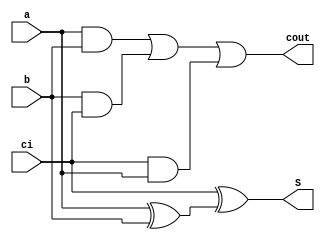
`timescale 1ns / 1ps
//////////////////////////////////////////////////////////////////////////////////
// Company: 
// Engineer: 
// 
// Design Name: 
// Module Name:    Fulladder2 
// Project Name: 
// Target Devices: 
// Tool versions: 
// Description: 
//
// Dependencies: 
//
// Revision: 
// Revision 0.01 - File Created
// Additional Comments: 
//
//////////////////////////////////////////////////////////////////////////////////
module Fulladder2(
input ci,
input a, b, 
output S,
output cout
    );

assign S = ci ^ ( a ^ b );
assign cout = (a & b) | (b & ci) | (ci & a); 

endmodule